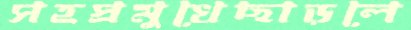
সহস্রমুখেছাড়লে